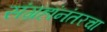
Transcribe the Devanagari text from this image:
संग्रहांनंतरचा